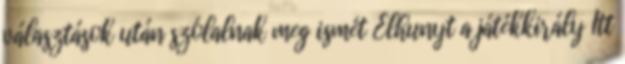
választások után szólalnak meg ismét Elhunyt a játékkirály Itt